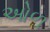
ઓળ